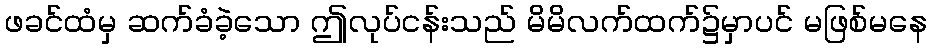
ဖခင်ထံမှ ဆက်ခံခဲ့သော ဤလုပ်ငန်းသည် မိမိလက်ထက်၌မှာပင် မဖြစ်မနေ